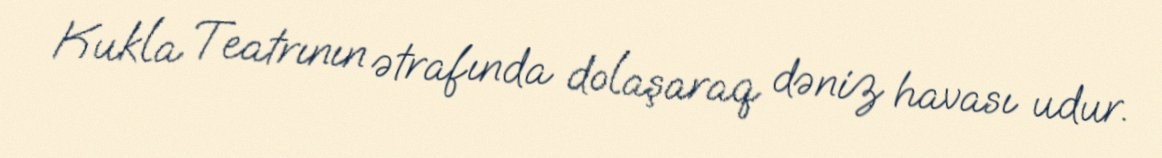
Kukla Teatrının ətrafında dolaşaraq dəniz havası udur.